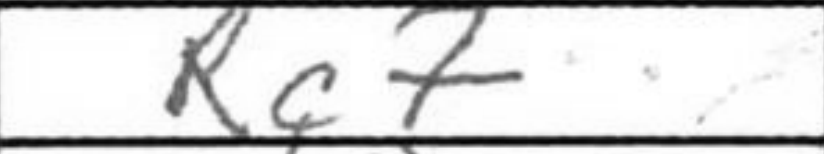
Transcription: Rc7